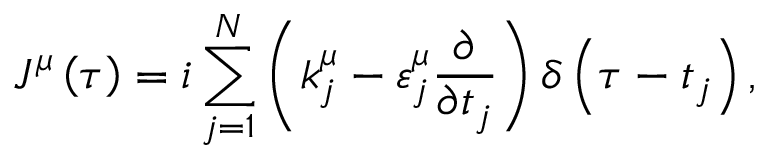
J ^ { \mu } \left( \tau \right) = i \sum _ { j = 1 } ^ { N } \left( k _ { j } ^ { \mu } - \varepsilon _ { j } ^ { \mu } \frac { \partial } { \partial t _ { j } } \right) \delta \left( \tau - t _ { j } \right) ,